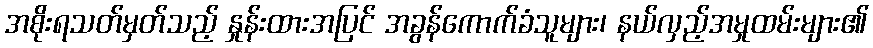
အစိုးရသတ်မှတ်သည့် နှုန်းထားအပြင် အခွန်ကောက်ခံသူများ၊ နယ်လှည့်အမှုထမ်းများ၏